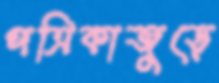
পত্রিকাজুড়ে